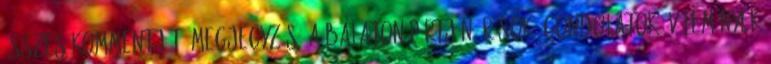
összes kommentjét. Megjegyzés: A Balaton pártján Írások, gondolatok, vélemények